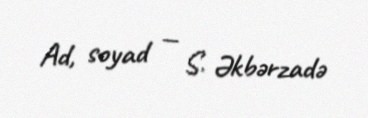
Ad, soyad — S. Əkbərzadə